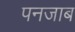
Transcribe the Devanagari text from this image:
पनजाब